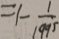
= 1 - \frac { 1 } { 1 9 9 5 }